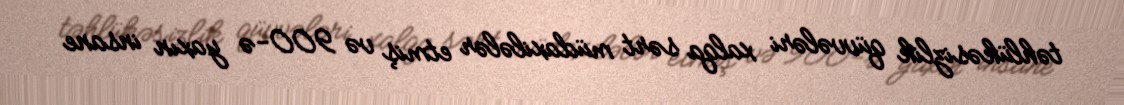
təhlükəsizlik qüvvələri xalqa sərt müdaxilələr etmiş və 900-ə yaxın insane